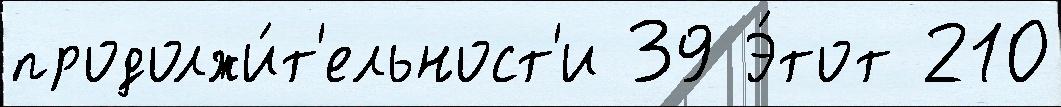
продолжи́т'ельност'и 39 Э́тот 210